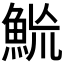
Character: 𩶡